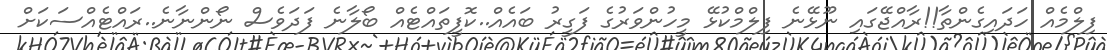
ފިލްމެއް ހަދައިގެންތާ!!ރާއްޖޭގައި ނޫޅޭނެ ފިލްމްކުޅޭ މީހުންވަރުގެ ފަގީރު ބައެއް..ކޮފީތައްޓެއް ބޯލާނެ ފަދަވެސް ނޯންނާނެ..ރައްޓެއްސަކަށް